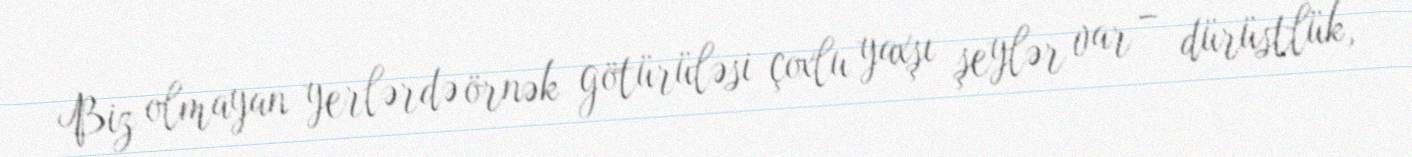
Biz olmayan yerlərdə örnək götürüləsi çoxlu yaxşı şeylər var – dürüstlük,